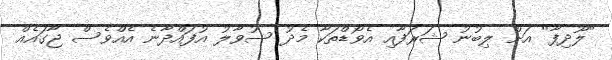
"ލޫދިފާ" އަށް ލިބުނު ޝަރަފާއި އެވޯޑްތަކާ މެދު ސުވާލު އުފައްދާނެ އެއްވެސް ޖާގައެއް